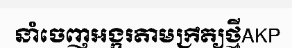
នាំចេញអង្ករតាមក្រឹត្យថ្មីAKP